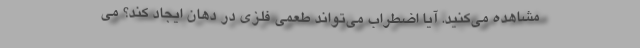
مشاهده می‌کنید. آیا اضطراب می‌تواند طعمی فلزی در دهان ایجاد کند؟ می